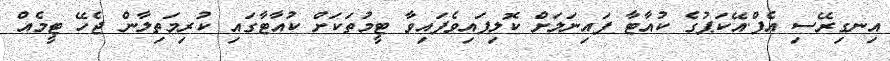
އިނގިރޭސި އެފް.އޭކަޕުގެ ކުއާޓާ ފައިނަލަށް ކޮލިފައިވެފައިވާ ޓީމުތަކަށް ކުއާޓާގައި ކުރިމަތިލާން ޖެހޭ ޓީމެއް